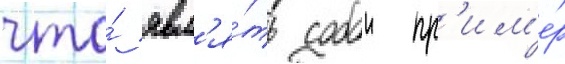
что́ явл'я́ть собои пр'им'е́р